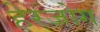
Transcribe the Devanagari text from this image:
हेरजोग